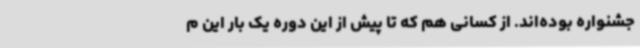
جشنواره بوده‌اند. از کسانی هم که تا پیش از این دوره یک‌ بار این م